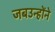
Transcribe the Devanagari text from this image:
जबउन्होंने